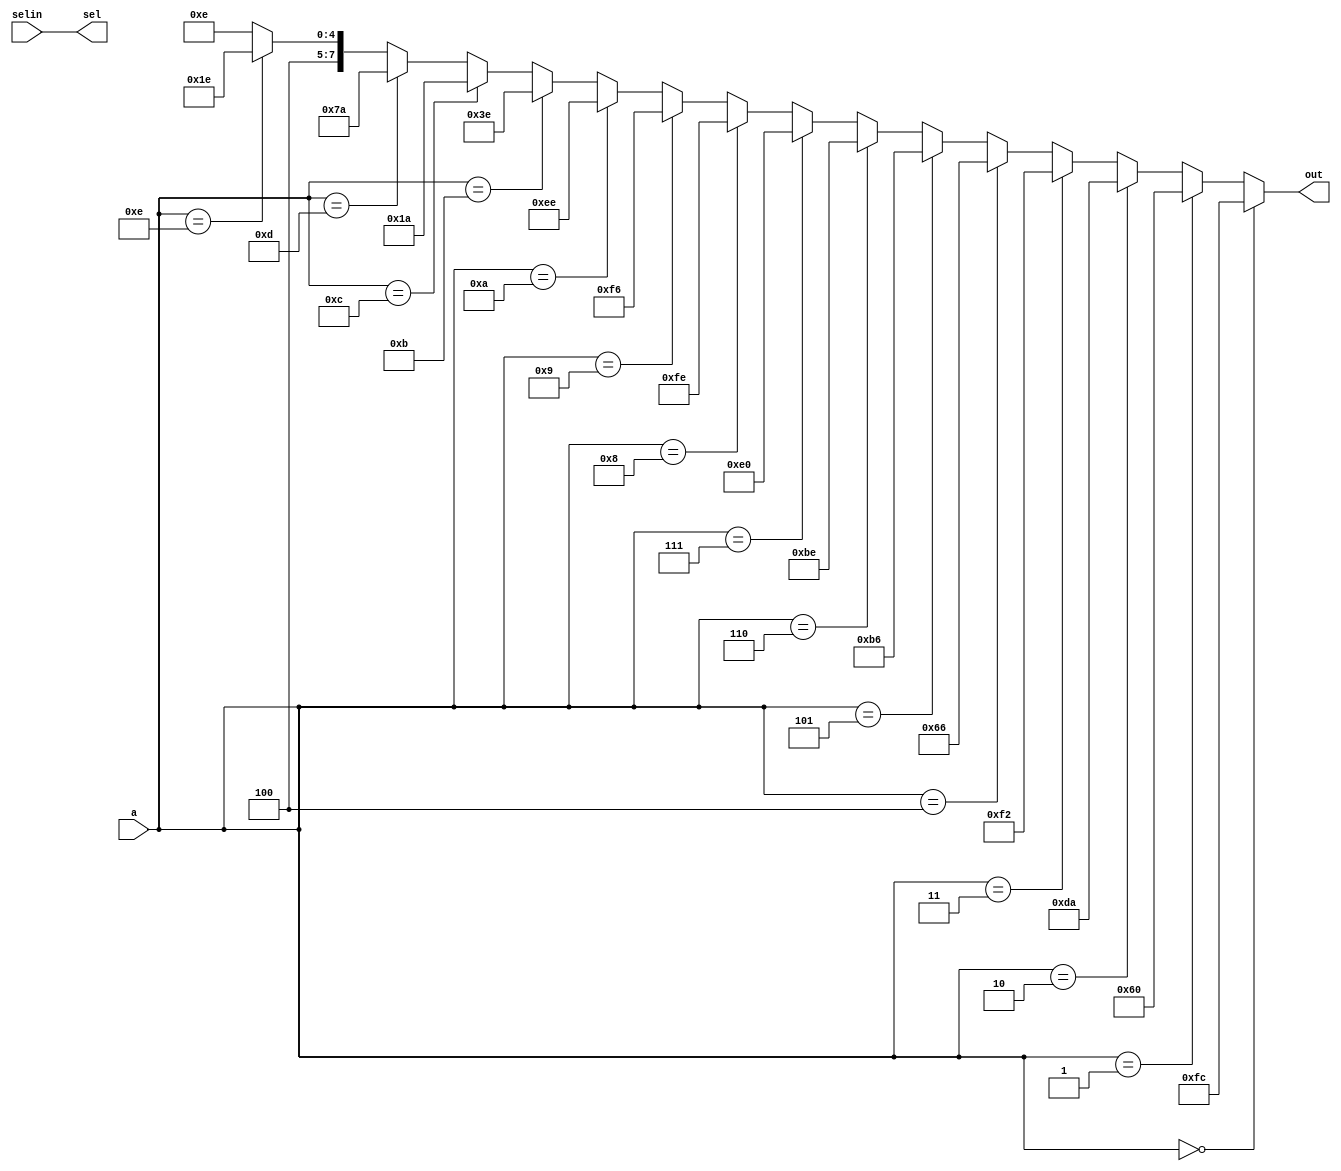
module segLED (
	input [30:0] a,
	input [3:0] selin,
	output [7:0] out,
	output [3:0] sel
	);
	
	assign out = (a == 4'b0000) ? 8'b1111_1100:
					 (a == 4'b0001) ? 8'b0110_0000:
					 (a == 4'b0010) ? 8'b1101_1010:
					 (a == 4'b0011) ? 8'b1111_0010:
					 (a == 4'b0100) ? 8'b0110_0110:
					 (a == 4'b0101) ? 8'b1011_0110:
					 (a == 4'b0110) ? 8'b1011_1110:
					 (a == 4'b0111) ? 8'b1110_0000:
					 (a == 4'b1000) ? 8'b1111_1110:
					 (a == 4'b1001) ? 8'b1111_0110:
					 (a == 4'b1010) ? 8'b1110_1110:
				    (a == 4'b1011) ? 8'b0011_1110:
					 (a == 4'b1100) ? 8'b0001_1010:
					 (a == 4'b1101) ? 8'b0111_1010:
					 (a == 4'b1110) ? 8'b1001_1110:
					 8'b1000_1110;
	assign sel = selin;
endmodule